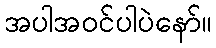
အပါအဝင်ပါပဲနော်။